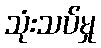
သုံးသပ်မှု